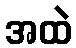
အထဲ